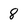
Character: 8